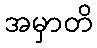
အမှာတိ